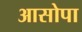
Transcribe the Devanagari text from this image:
आसोपा